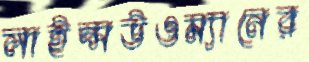
লাইন্সউওম্যানের